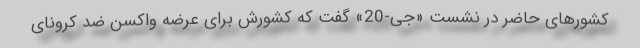
کشورهای حاضر در نشست «جی-20» گفت که کشورش برای عرضه واکسن ضد کرونای